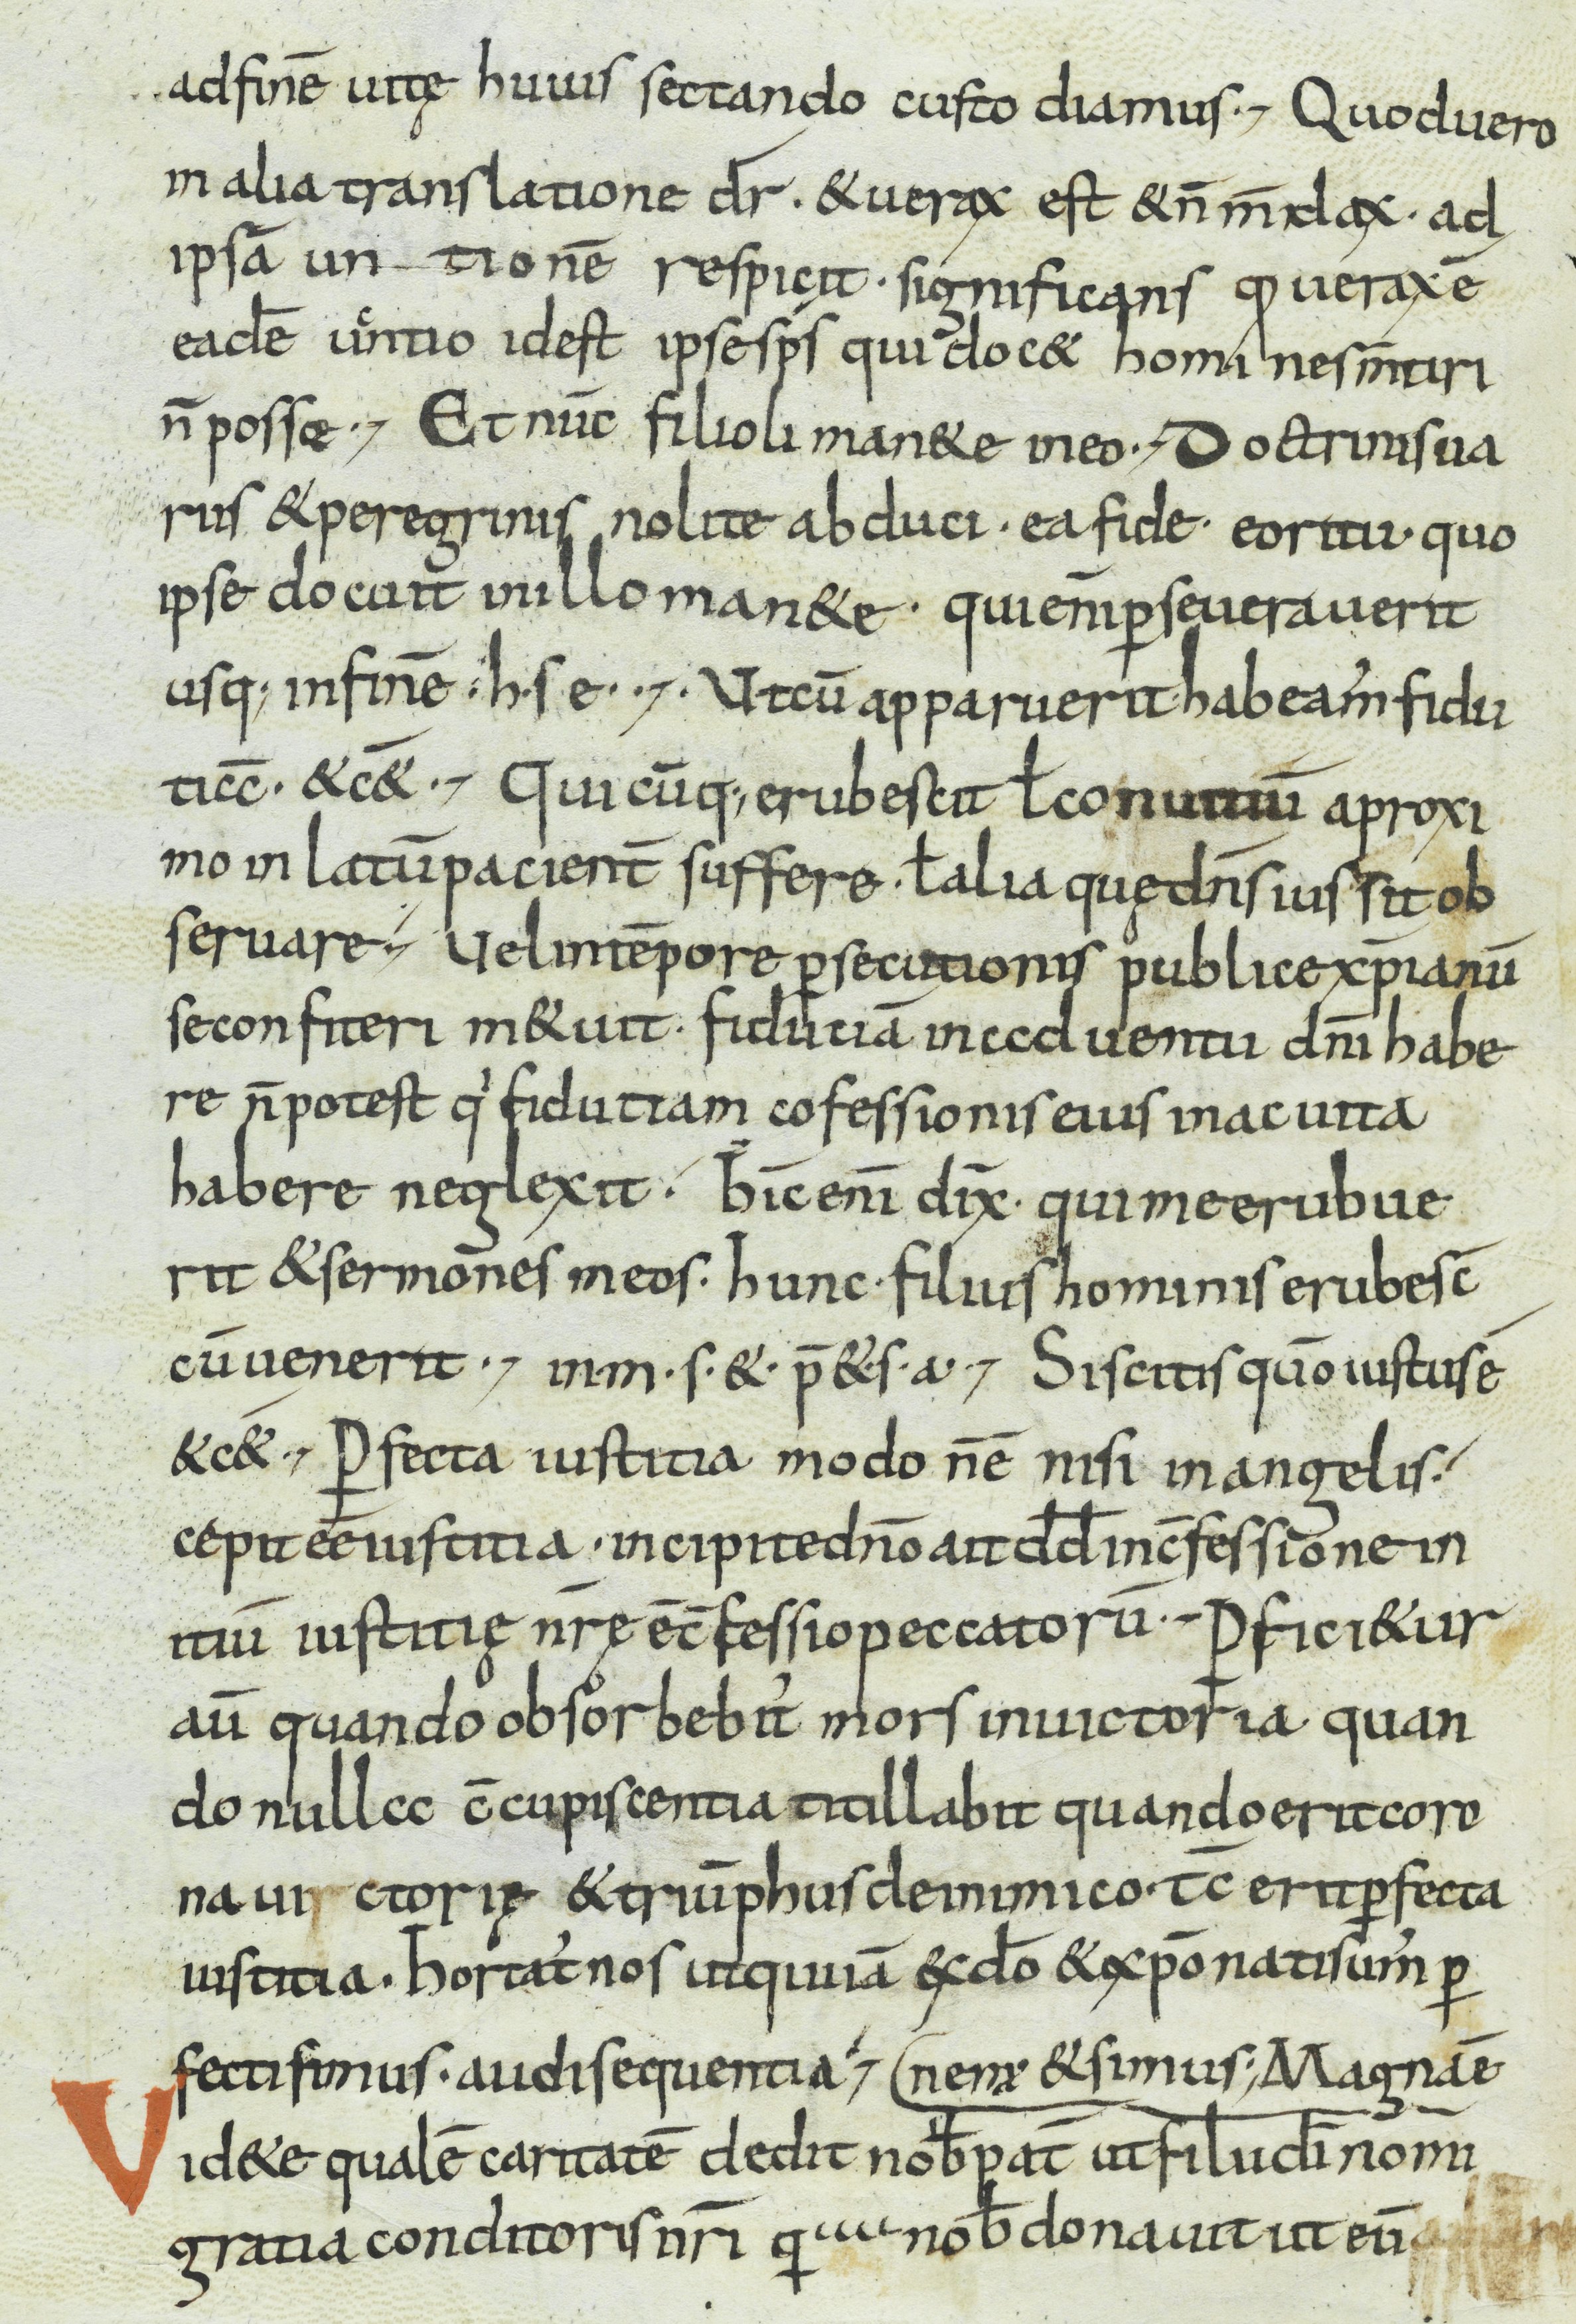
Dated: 800–899